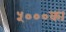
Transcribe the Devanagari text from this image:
५०००का